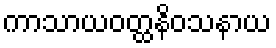
ကာသာယဝတ္ထနိဝသနာယ